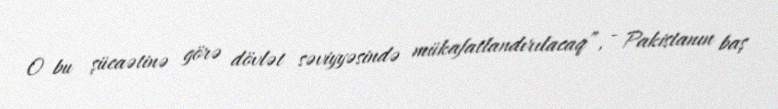
O bu şücaətinə görə dövlət səviyyəsində mükafatlandırılacaq”, - Pakistanın baş